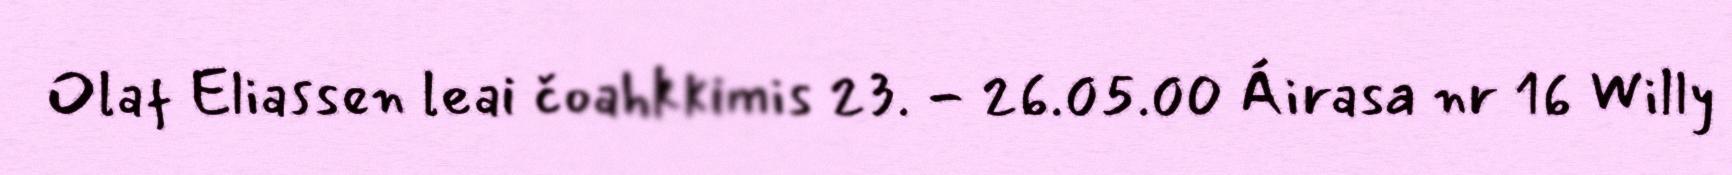
Olaf Eliassen leai čoahkkimis 23. - 26.05.00 Áirasa nr 16 Willy